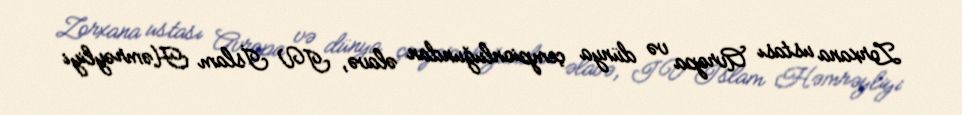
Zorxana ustası Avropa və dünya çempionluğundan əlavə, IV İslam Həmrəyliyi